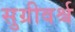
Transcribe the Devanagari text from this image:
सुग्रीवर्श्च